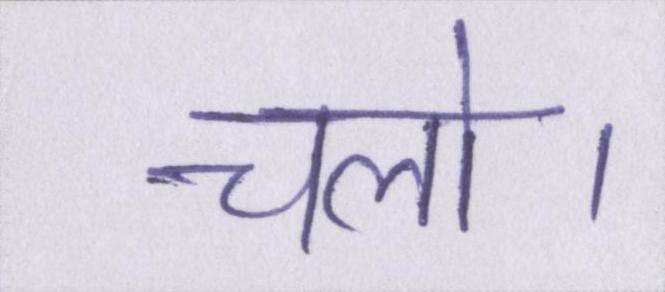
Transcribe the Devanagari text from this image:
चलो।